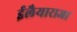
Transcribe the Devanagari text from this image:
ईलैयाराजा